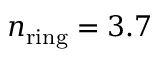
n _ { \mathrm { r i n g } } = 3 . 7